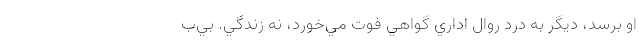
او برسد، ديگر به درد روال اداري گواهي فوت مي‌خورد، نه زندگي. بي‌ب